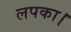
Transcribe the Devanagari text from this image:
लपका।